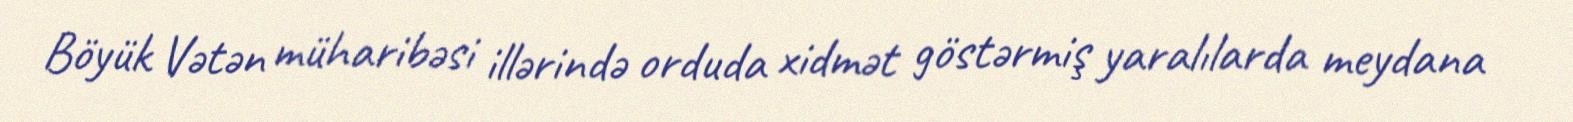
Böyük Vətən müharibəsi illərində orduda xidmət göstərmiş yaralılarda meydana